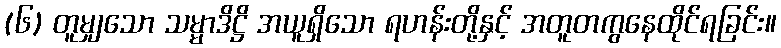
(၆) တူမျှသော သမ္မာဒိဋ္ဌိ အယူရှိသော ရဟန်းတို့နှင့် အတူတကွနေထိုင်ရခြင်း။